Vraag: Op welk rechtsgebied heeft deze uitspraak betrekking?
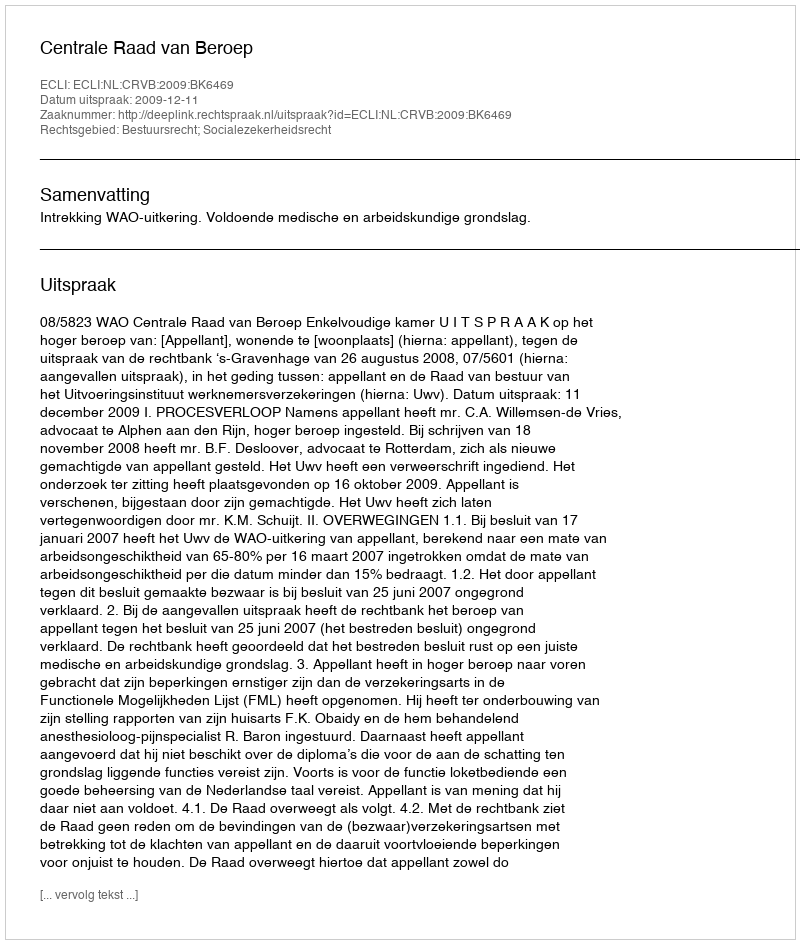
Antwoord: Bestuursrecht; Socialezekerheidsrecht